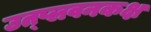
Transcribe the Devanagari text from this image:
उत्प्लवनकक्ष